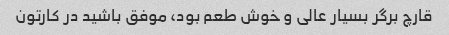
قارچ برگر بسیار عالی و خوش طعم بود، موفق باشید در کارتون